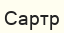
Сартр